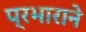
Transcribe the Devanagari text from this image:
प्रभाराने